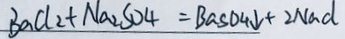
B a C l _ { 2 } + N a _ { 2 } S O _ { 4 } = B a S O _ { 4 } \downarrow + 2 N a d